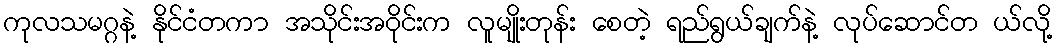
ကုလသမဂ္ဂနဲ့ နိုင်ငံတကာ အသိုင်းအဝိုင်းက လူမျိုးတုန်း စေတဲ့ ရည်ရွယ်ချက်နဲ့ လုပ်ဆောင်တ ယ်လို့